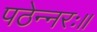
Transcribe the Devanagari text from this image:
पठेन्नरः॥